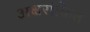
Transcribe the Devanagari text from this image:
अक्षरांकित